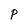
Character: P